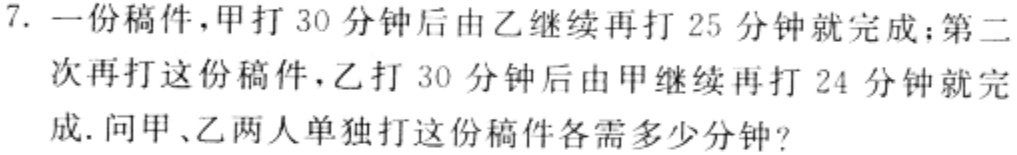
7. 一份稿件，甲打 30 分钟后由乙继续再打 25 分钟就完成；第二次再打这份稿件，乙打 30 分钟后由甲继续再打 24 分钟就完成. 问甲、乙两人单独打这份稿件各需多少分钟?